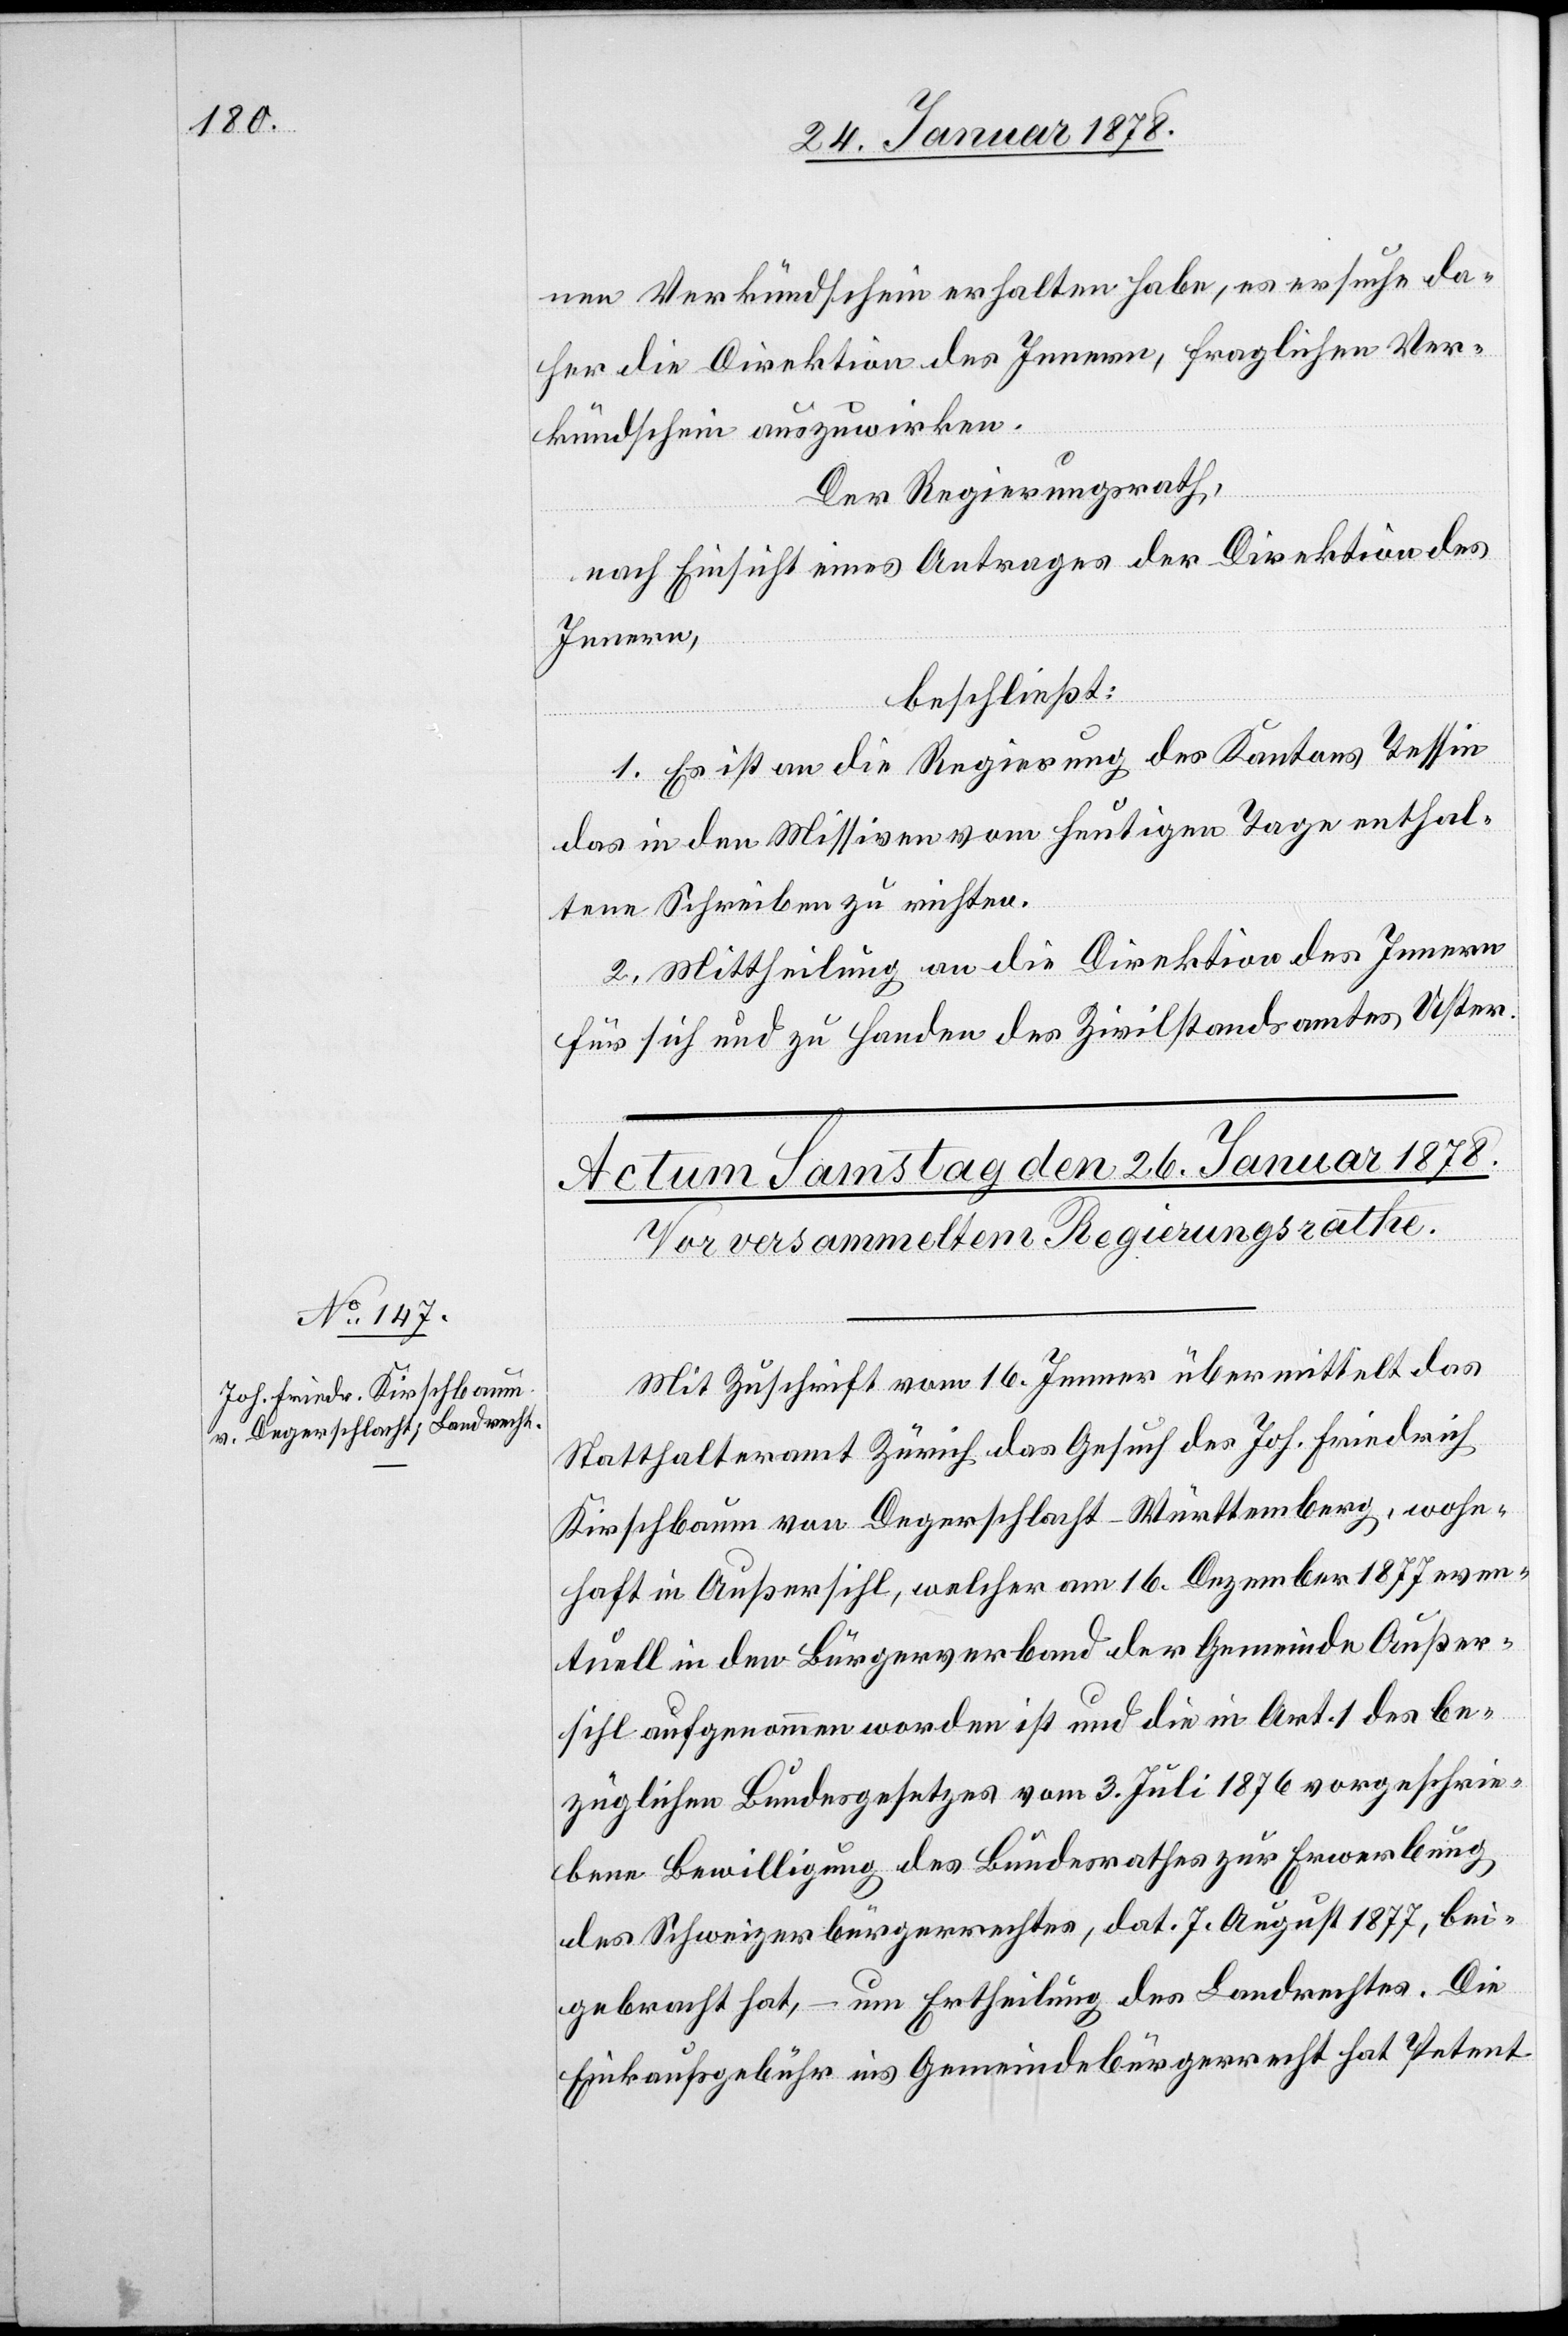
nen Verkündschein erhalten habe, es ersuche da¬
her die Direktion des Innern, fraglichen Ver¬
kündschein auszuwirken.
Der Regierungsrath,
nach Einsicht eines Antrages der Direktion des
Innern
beschließt:
1. Es ist an die Regierung des Kantons Tessin
das in den Missiven vom heutigen Tage enthal¬
tene Schreiben zu richten.
2. Mittheilung an die Direktion des Innern
für sich und zu Handen des Zivilstandsamtes Uster.
Mit Zuschrift vom 16. Jenner übermittelt das
Statthalteramt Zürich das Gesuch des Joh. Friedrich
Kirschbaum von Degerschlacht - Württemberg, wohn¬
haft in Außersihl, welcher am 16. Dezember 1877 even¬
tuell in den Bürgerverband der Gemeinde Außer¬
sihl aufgenommen worden ist, und die in Art. 1 des be¬
züglichen Landesgesetzes vom 3. Juli 1876 vorgeschrie¬
bene Bewilligung des Bundesrathes zur Erwerbung
des Schweizerbürgerrechtes, dat. 7. August 1877, bei¬
gebracht hat, – um Ertheilung des Landrechtes. Die
Einkaufsgebühr ins Gemeindebürgerrecht hat Petent